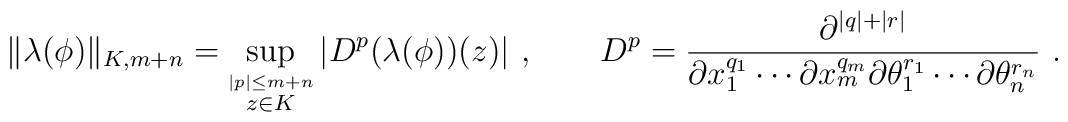
\|\lambda(\phi)\|_{K,m+n}=\sup_{\stackrel{|p|\leq m+n}{z \in K}}|D^p (\lambda(\phi))(z)|\,\,,\qquad D^p=\frac{\partial^{|q|+|r|}}{\partial x^{q_1}_1 \cdots \partial x^{q_m}_m\partial\theta^{r_1}_1 \cdots \partial\theta^{r_n}_n}\,\,.